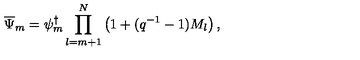
\overline { { \Psi } } _ { m } = \psi _ { m } ^ { \dagger } \prod _ { l = m + 1 } ^ { N } \left( 1 + ( q ^ { - 1 } - 1 ) M _ { l } \right) ,